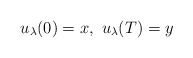
\begin{align*}u_{\lambda}(0)=x, \ u_{\lambda}(T)=y\end{align*}